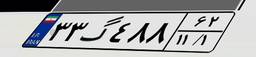
۳۳گ۴۸۸۶۲